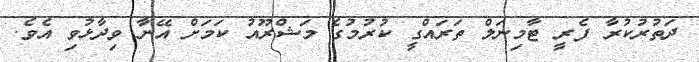
ދަތުރުކުރާ ފެރީ ޓާމިނަލް ތަރައްގީ ކުރުމުގެ މަޝްރޫއު ކަމަށް އޭނާ ވިދާޅުވި އެވެ.